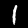
Digit: 1